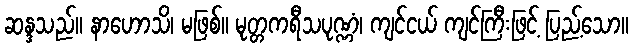
ဆန္ဒသည်။ နာဟောသိ၊ မဖြစ်။ မုတ္တကရီသပုဏ္ဏံ၊ ကျင်ငယ် ကျင်ကြီးဖြင့် ပြည့်သော။